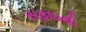
સફાઇથી